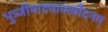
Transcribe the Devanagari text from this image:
भुञ्जीयाद्यावकौदनम्